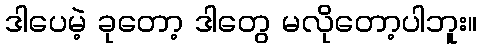
ဒါပေမဲ့ ခုတော့ ဒါတွေ မလိုတော့ပါဘူး။